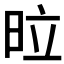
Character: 𭥩